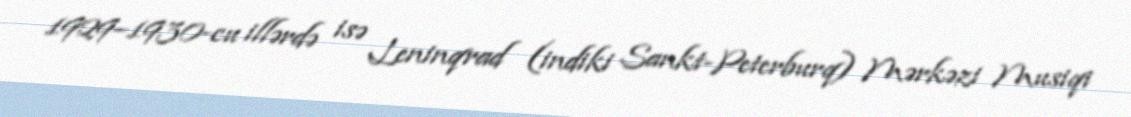
1929–1930-cu illərdə isə Leninqrad (indiki Sankt-Peterburq) Mərkəzi Musiqi